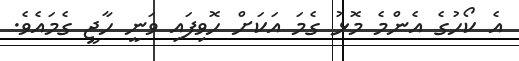
އެ ކޯހުގެ އެންމެ މޮޅު ގެމަ އަކަށް ހޮވިފައި ވަނީ ހާޖީ ގެމައެވެ.